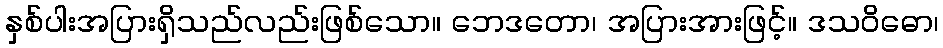
နှစ်ပါးအပြားရှိသည်လည်းဖြစ်သော။ ဘေဒတော၊ အပြားအားဖြင့်။ ဒသဝိဓော၊